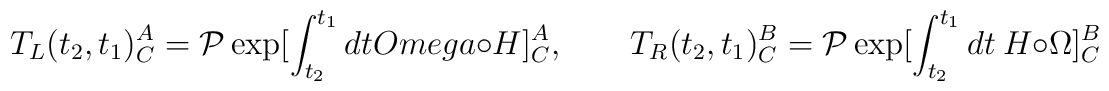
T_L(t_2,t_1)^A_C = {\cal P} \exp [\int_{t_2}^{t_1}dt \\Omega\circ H]^A_C, \qquad T_R(t_2,t_1)^B_C = {\cal P}\exp [\int_{t_2}^{t_1}dt \ H \circ \Omega]^B_C